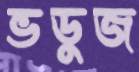
ভডুজ